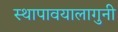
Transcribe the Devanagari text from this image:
स्थापावयालागुनी